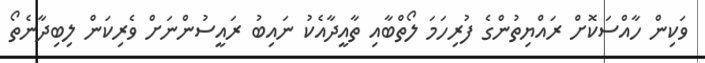
ވަކިން ހާއްސަކޮށް ރައްޔިތުންގެ ފުރިހަމަ ލޯތްބާއި ތާއީދާއެކު ނައިބު ރައީސުންނަށް ވެރިކަން ލިބިދާނެތޯ